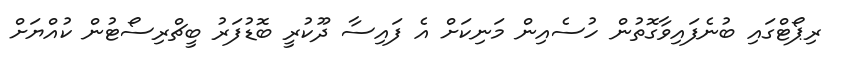
ރިޕޯޓްގައި ބުނެފައިވާގޮތުން ހުސެއިން މަނިކަށް އެ ފައިސާ ދޫކުރީ ބޮޑުފަރު ބީޗްރިސޯޓުން ކުއްޔަށް